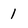
Character: 1